Lunatic asylums in Bengal annual reports 1899-1911 - 1899-1911
Year: 1899
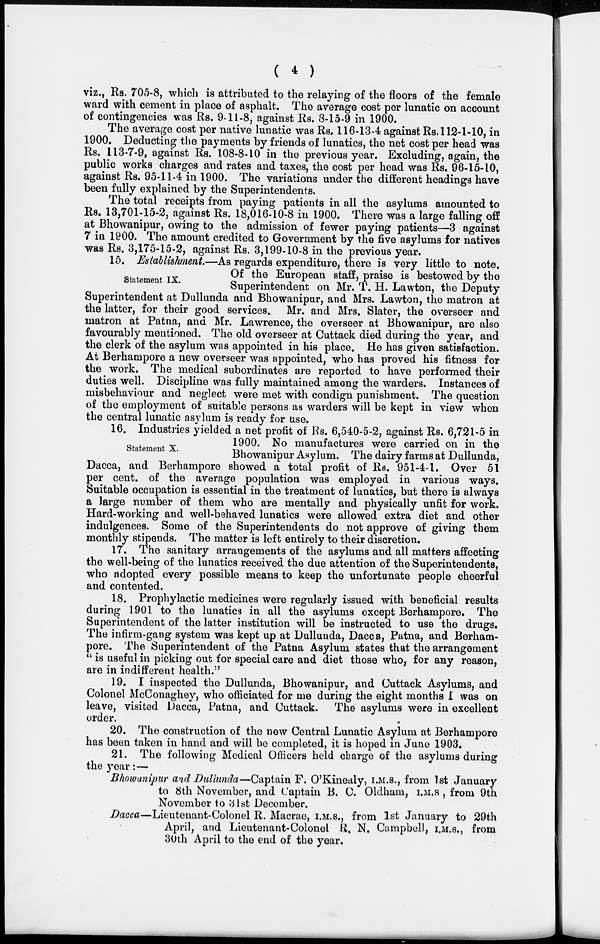
( 4 )
viz., Rs. 705-8, which is attributed to the relaying of the floors of the female
ward with cement in place of asphalt. The average cost per lunatic on account
of contingencies was Rs. 9-11-8, against Rs. 8-15-9 in 1900.
The average cost per native lunatic was Rs. 116-13-4 against Rs. 112-1-10, in
1900. Deducting the payments by friends of lunatics, the net cost per head was
Rs. 113-7-9, against Rs. 108-8-10 in the previous year. Excluding, again, the
public works charges and rates and taxes, the cost per head was Rs. 96-15-10,
against Rs. 95-11-4 in 1900. The variations under the different headings have
been fully explained by the Superintendents.
The total receipts from paying patients in all the asylums amounted to
Rs. 13,701-15-2, against Rs. 18,016-10-8 in 1900. There was a large falling off
at Bhowanipur, owing to the admission of fewer paying patients—3 against
7 in 1900. The amount credited to Government by the five asylums for natives
was Rs. 3,175-15-2, against Rs. 3,199-10-8 in the previous year.
Statement IX.
15. Establishment.—As regards expenditure, there is very little to note.
Of the European staff, praise is bestowed by the
Superintendent on Mr. T. H. Lawton, the Deputy
Superintendent at Dullunda and Bhowanipur, and Mrs. Lawton, the matron at
the latter, for their good services. Mr. and Mrs. Slater, the overseer and
matron at Patna, and Mr. Lawrence, the overseer at Bhowanipur, are also
favourably mentioned. The old overseer at Cuttack died during the year, and
the clerk of the asylum was appointed in his place. He has given satisfaction.
At Berhampore a new overseer was appointed, who has proved his fitness for
the work. The medical subordinates are reported to have performed their
duties well. Discipline was fully maintained among the warders. Instances of
misbehaviour and neglect were met with condign punishment. The question
of the employment of suitable persons as warders will be kept in view when
the central lunatic asylum is ready for use.
Statement X.
16. Industries yielded a net profit of Rs. 6,540-5-2, against Rs. 6,721-5 in
1900. No manufactures were carried on in the
Bhowanipur Asylum. The dairy farms at Dullunda,
Dacca, and Berhampore showed a total profit of Rs. 951-4-1. Over 51
per cent. of the average population was employed in various ways.
Suitable occupation is essential in the treatment of lunatics, but there is always
a large number of them who are mentally and physically unfit for work.
Hard-working and well-behaved lunatics were allowed extra diet and other
indulgences. Some of the Superintendents do not approve of giving them
monthly stipends. The matter is left entirely to their discretion.
17. The sanitary arrangements of the asylums and all matters affecting
the well-being of the lunatics received the due attention of the Superintendents,
who adopted every possible means to keep the unfortunate people cheerful
and contented.
18. Prophylactic medicines were regularly issued with beneficial results
during 1901 to the lunatics in all the asylums except Berhampore. The
Superintendent of the latter institution will be instructed to use the drugs.
The infirm-gang system was kept up at Dullunda, Dacca, Patna, and Berham-
pore. The Superintendent of the Patna Asylum states that the arrangement
" is useful in picking out for special care and diet those who, for any reason,
are in indifferent health."
19. I inspected the Dullunda, Bhowanipur, and Cuttack Asylums, and
Colonel McConaghey, who officiated for me during the eight months I was on
leave, visited Dacca, Patna, and Cuttack. The asylums were in excellent
order.
20. The construction of the new Central Lunatic Asylum at Berhampore
has been taken in hand and will be completed, it is hoped in June 1903.
21. The following Medical Officers held charge of the asylums during
the year:—
Bhowanipur and Dullunda—Captain F. O'Kinealy, I.M.S., from 1st January
to 8th November, and Captain B. C. Oldham, I.M.S., from 9th
November to 31st December.
Dacca—Lieutenant-Colonel R. Macrae, I.M.S., from 1st January to 29th
April, and Lieutenant-Colonel R. N. Campbell, I.M.S., from
30th April to the end of the year.